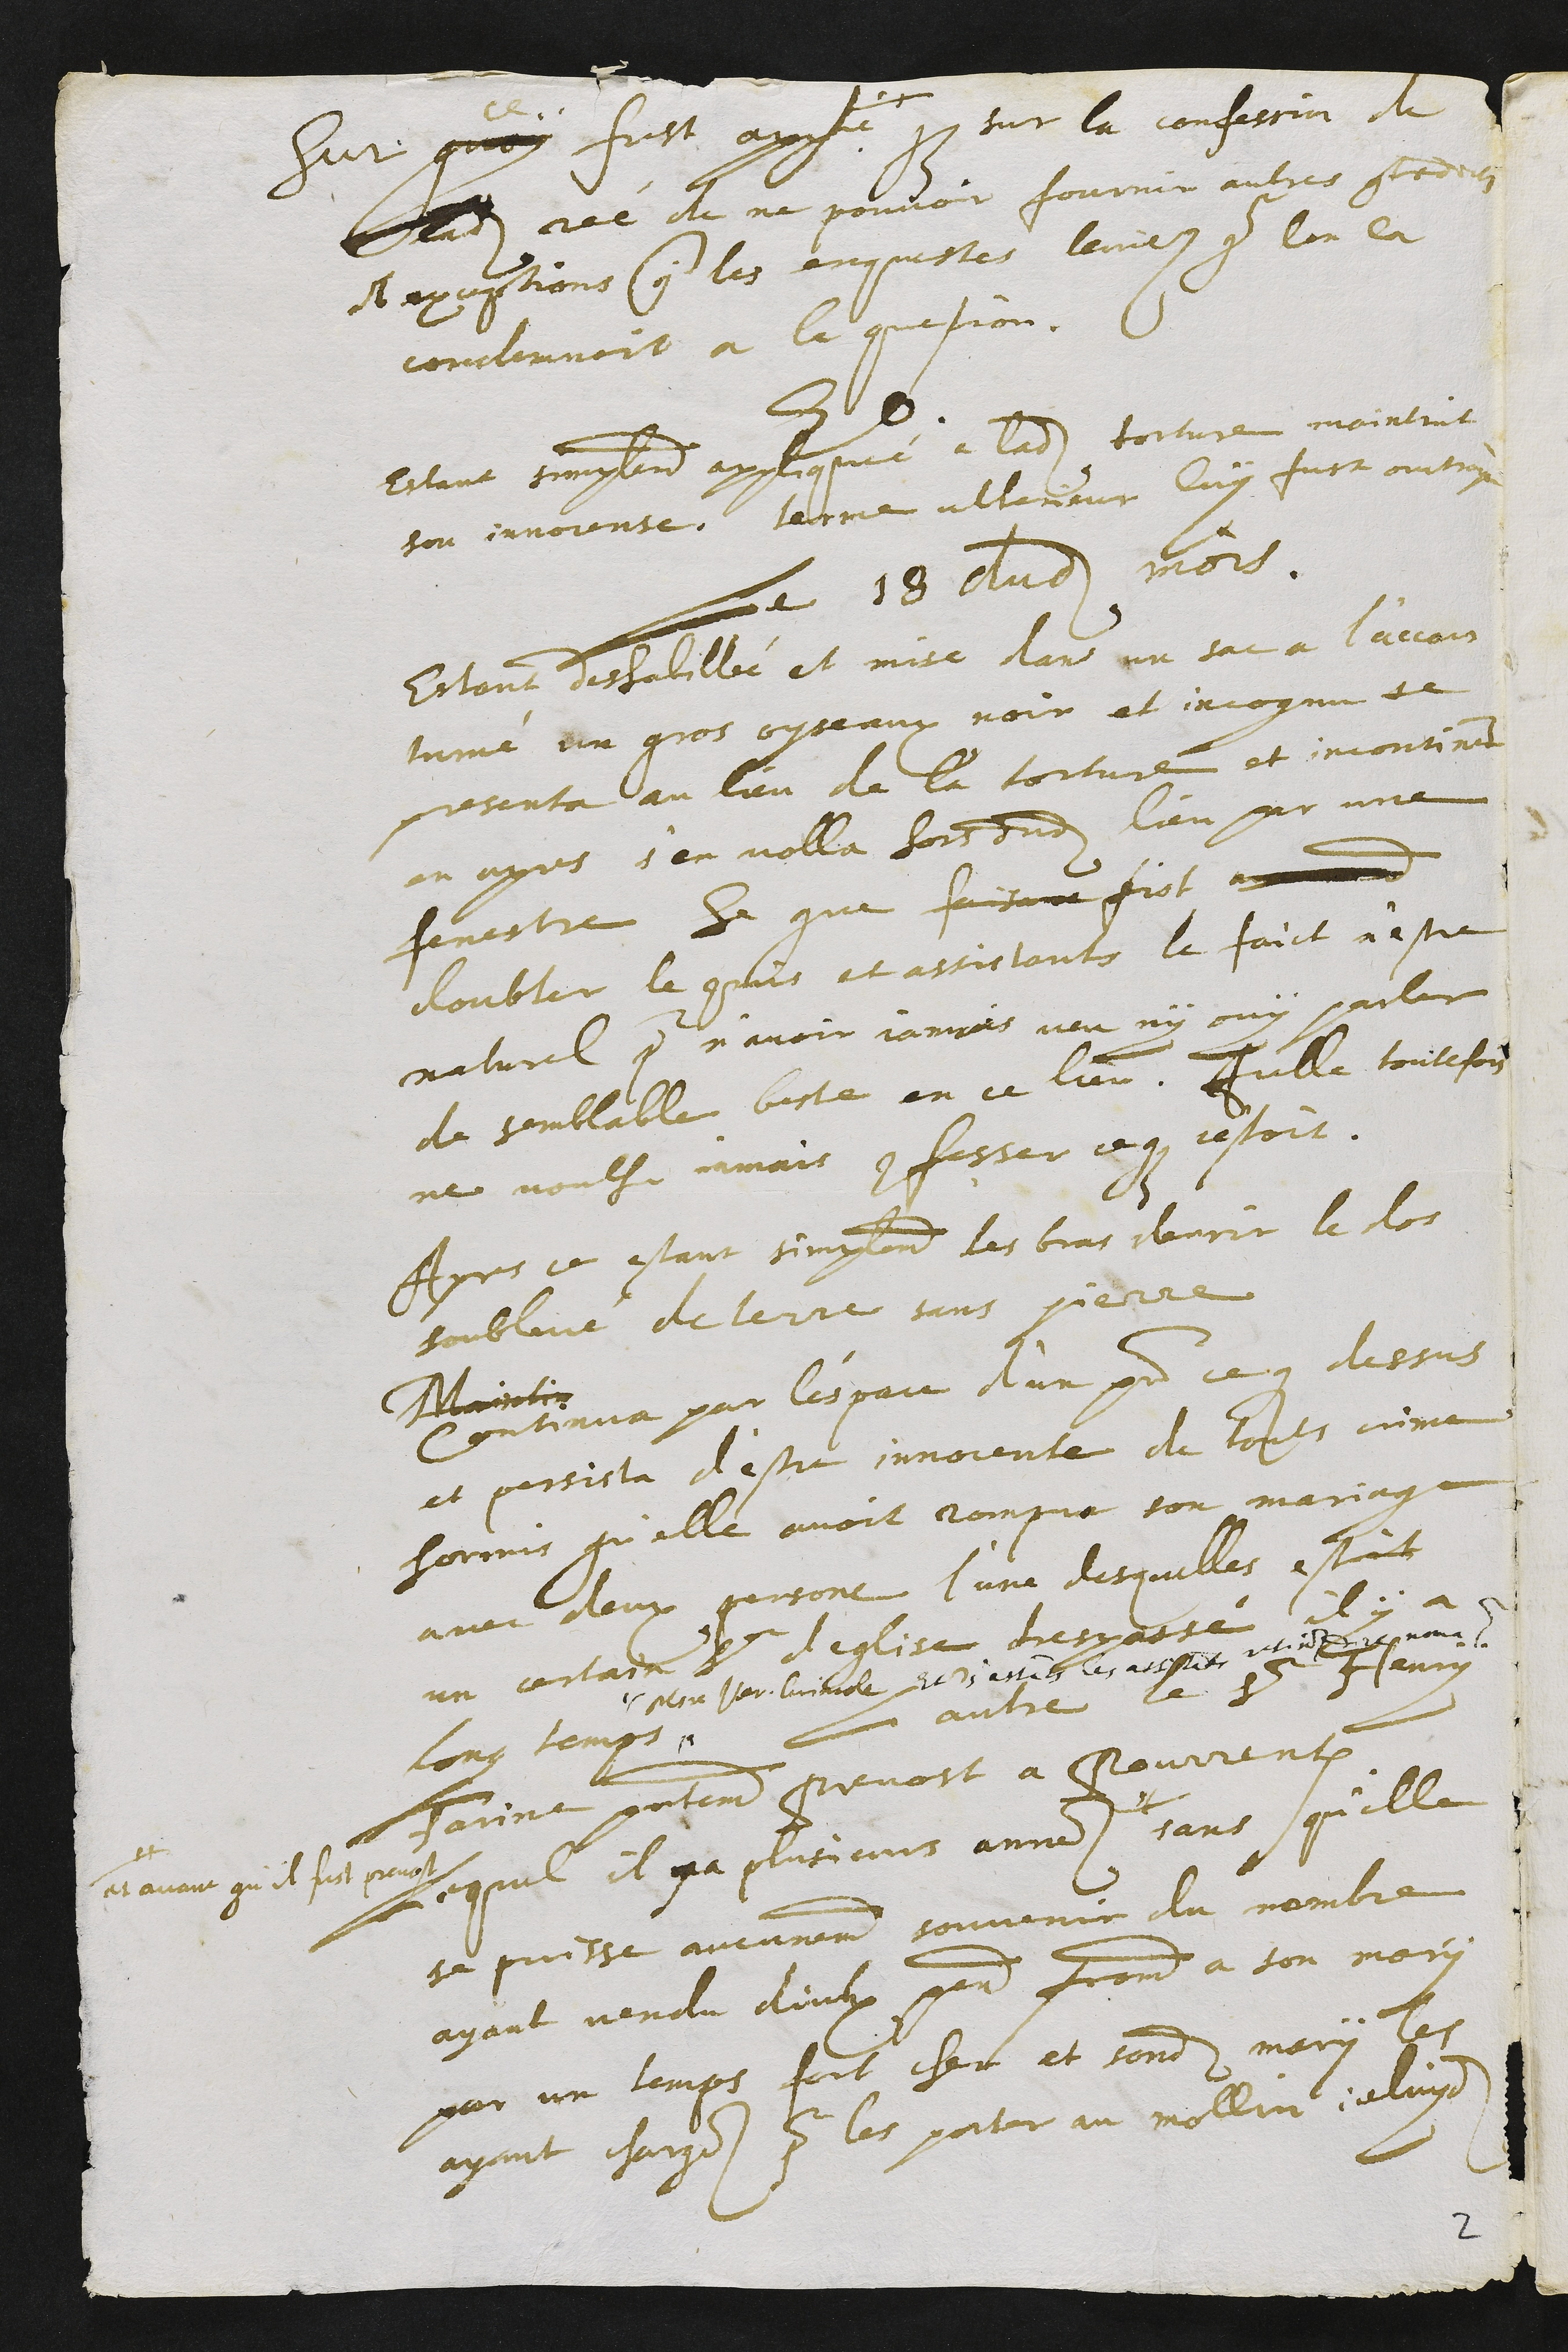
Sur quoy
ce
fust appointé que sur la confession de
ladite rée de ne pouvoir fournir autres contradictions
et exceptions contre les enquestes levées que lon la
condamnoit a la question.
Eodem
Estant simplement appliquée a ladite torture maintint
son innocense. terme ulterieur luy fust ouctroyé
Le 18 dudit mois.
Estant deshabillée et mise dans un sac a l'accous
tumé un gos oyseaux noir et incognu se
presenta au lieu de la torture et incontinent
en apres s'en volla hors dudit lieu par une
fenestre Se que faisant fist a?????d
doubter le commis et assistants le faict n'estre
naturel pour n'avoir jamais veu ny ouy parler
de semblable beste en ce lieu. Icelle toutefois
ne voulsu jamais confesser ce que c'estoit.
Apres ce estant simplement les bras derrier le dos
soublevé de terre sans pierre
Maintin
Continua par l'espace d'un pater ce que dessus
et persista d'estre innocente de touts crime
hormis qu'elle avoit rompu son mariage
avec deux persone l'une desquelles estoit
un certain sieur d'eglise trespassé il y a
long temps ,,
,,Maitre Ver. Grivel Et s'estant les assistants retirez dict et noma
L'autre le sieur Henry
Farine presentement prevost a Pourrentruy
Lequel il y a plusieurs années #
#
et avant qu'il fust prevost
sans qu'elle
se puisse aucunement souvenir du nombre
ayant vendu deulx penaux froment a son mary
par un temps fort cher et sondit mary les
ayant charges pour les porter au mollin iceluydit